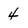
Character: 4